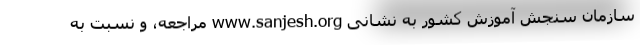
سازمان سنجش آموزش کشور به نشانی www.sanjesh.org مراجعه، و نسبت به